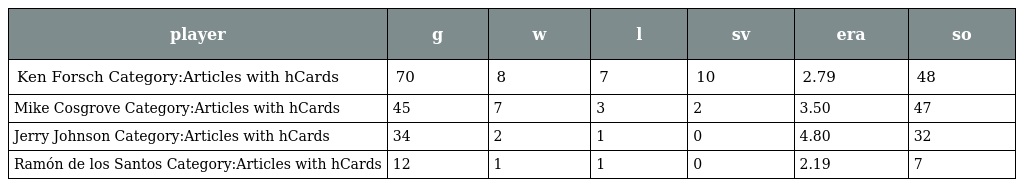
| player | g | w | l | sv | era | so |
 | --- | --- | --- | --- | --- | --- | --- |
 | Ken Forsch Category:Articles with hCards | 70 | 8 | 7 | 10 | 2.79 | 48 |
 | Mike Cosgrove Category:Articles with hCards | 45 | 7 | 3 | 2 | 3.50 | 47 |
 | Jerry Johnson Category:Articles with hCards | 34 | 2 | 1 | 0 | 4.80 | 32 |
 | Ramón de los Santos Category:Articles with hCards | 12 | 1 | 1 | 0 | 2.19 | 7 |